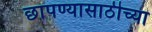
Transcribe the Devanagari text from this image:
छापण्यासाठीच्या